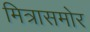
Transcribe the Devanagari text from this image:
मित्रासमोर